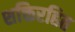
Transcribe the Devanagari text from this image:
शक्तिरहित